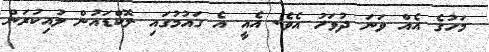
މަހުގެ އެއް ވަނަ ދުވަހު އެވެ. އެއީ އެ ގައުމުގައި ލޮކްޑައުން ލުއިކުރަން